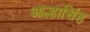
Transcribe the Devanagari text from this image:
आल्हासिंह